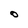
Character: O